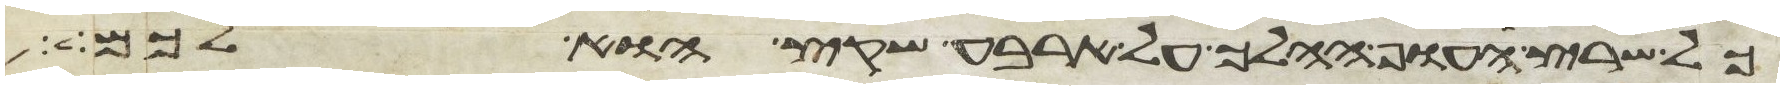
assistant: כל שרץ העוף ההלך על ארבע שקץ הוא לכם